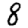
Digit: 8